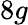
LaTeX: {8g}